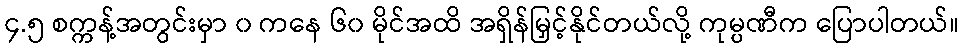
၄.၅ စက္ကန့်အတွင်းမှာ ၀ ကနေ ၆၀ မိုင်အထိ အရှိန်မြှင့်နိုင်တယ်လို့ ကုမ္ပဏီက ပြောပါတယ်။